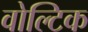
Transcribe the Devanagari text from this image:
वोल्टिक